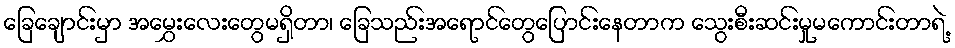
ခြေချောင်းမှာ အမွှေးလေးတွေမရှိတာ၊ ခြေသည်းအရောင်တွေပြောင်းနေတာက သွေးစီးဆင်းမှုမကောင်းတာရဲ့